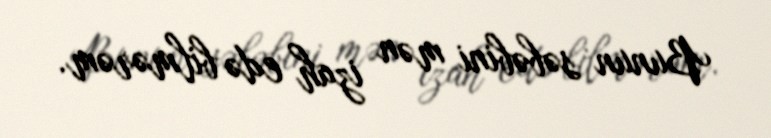
Bunun səbəbini mən izah edə bilmərəm.